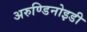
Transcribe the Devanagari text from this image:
अरुण्डिनोइडी